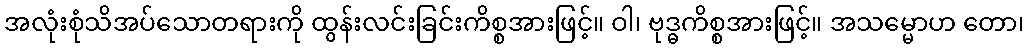
အလုံးစုံသိအပ်သောတရားကို ထွန်းလင်းခြင်းကိစ္စအားဖြင့်။ ဝါ၊ ဗုဒ္ဓကိစ္စအားဖြင့်။ အသမ္မောဟ တော၊